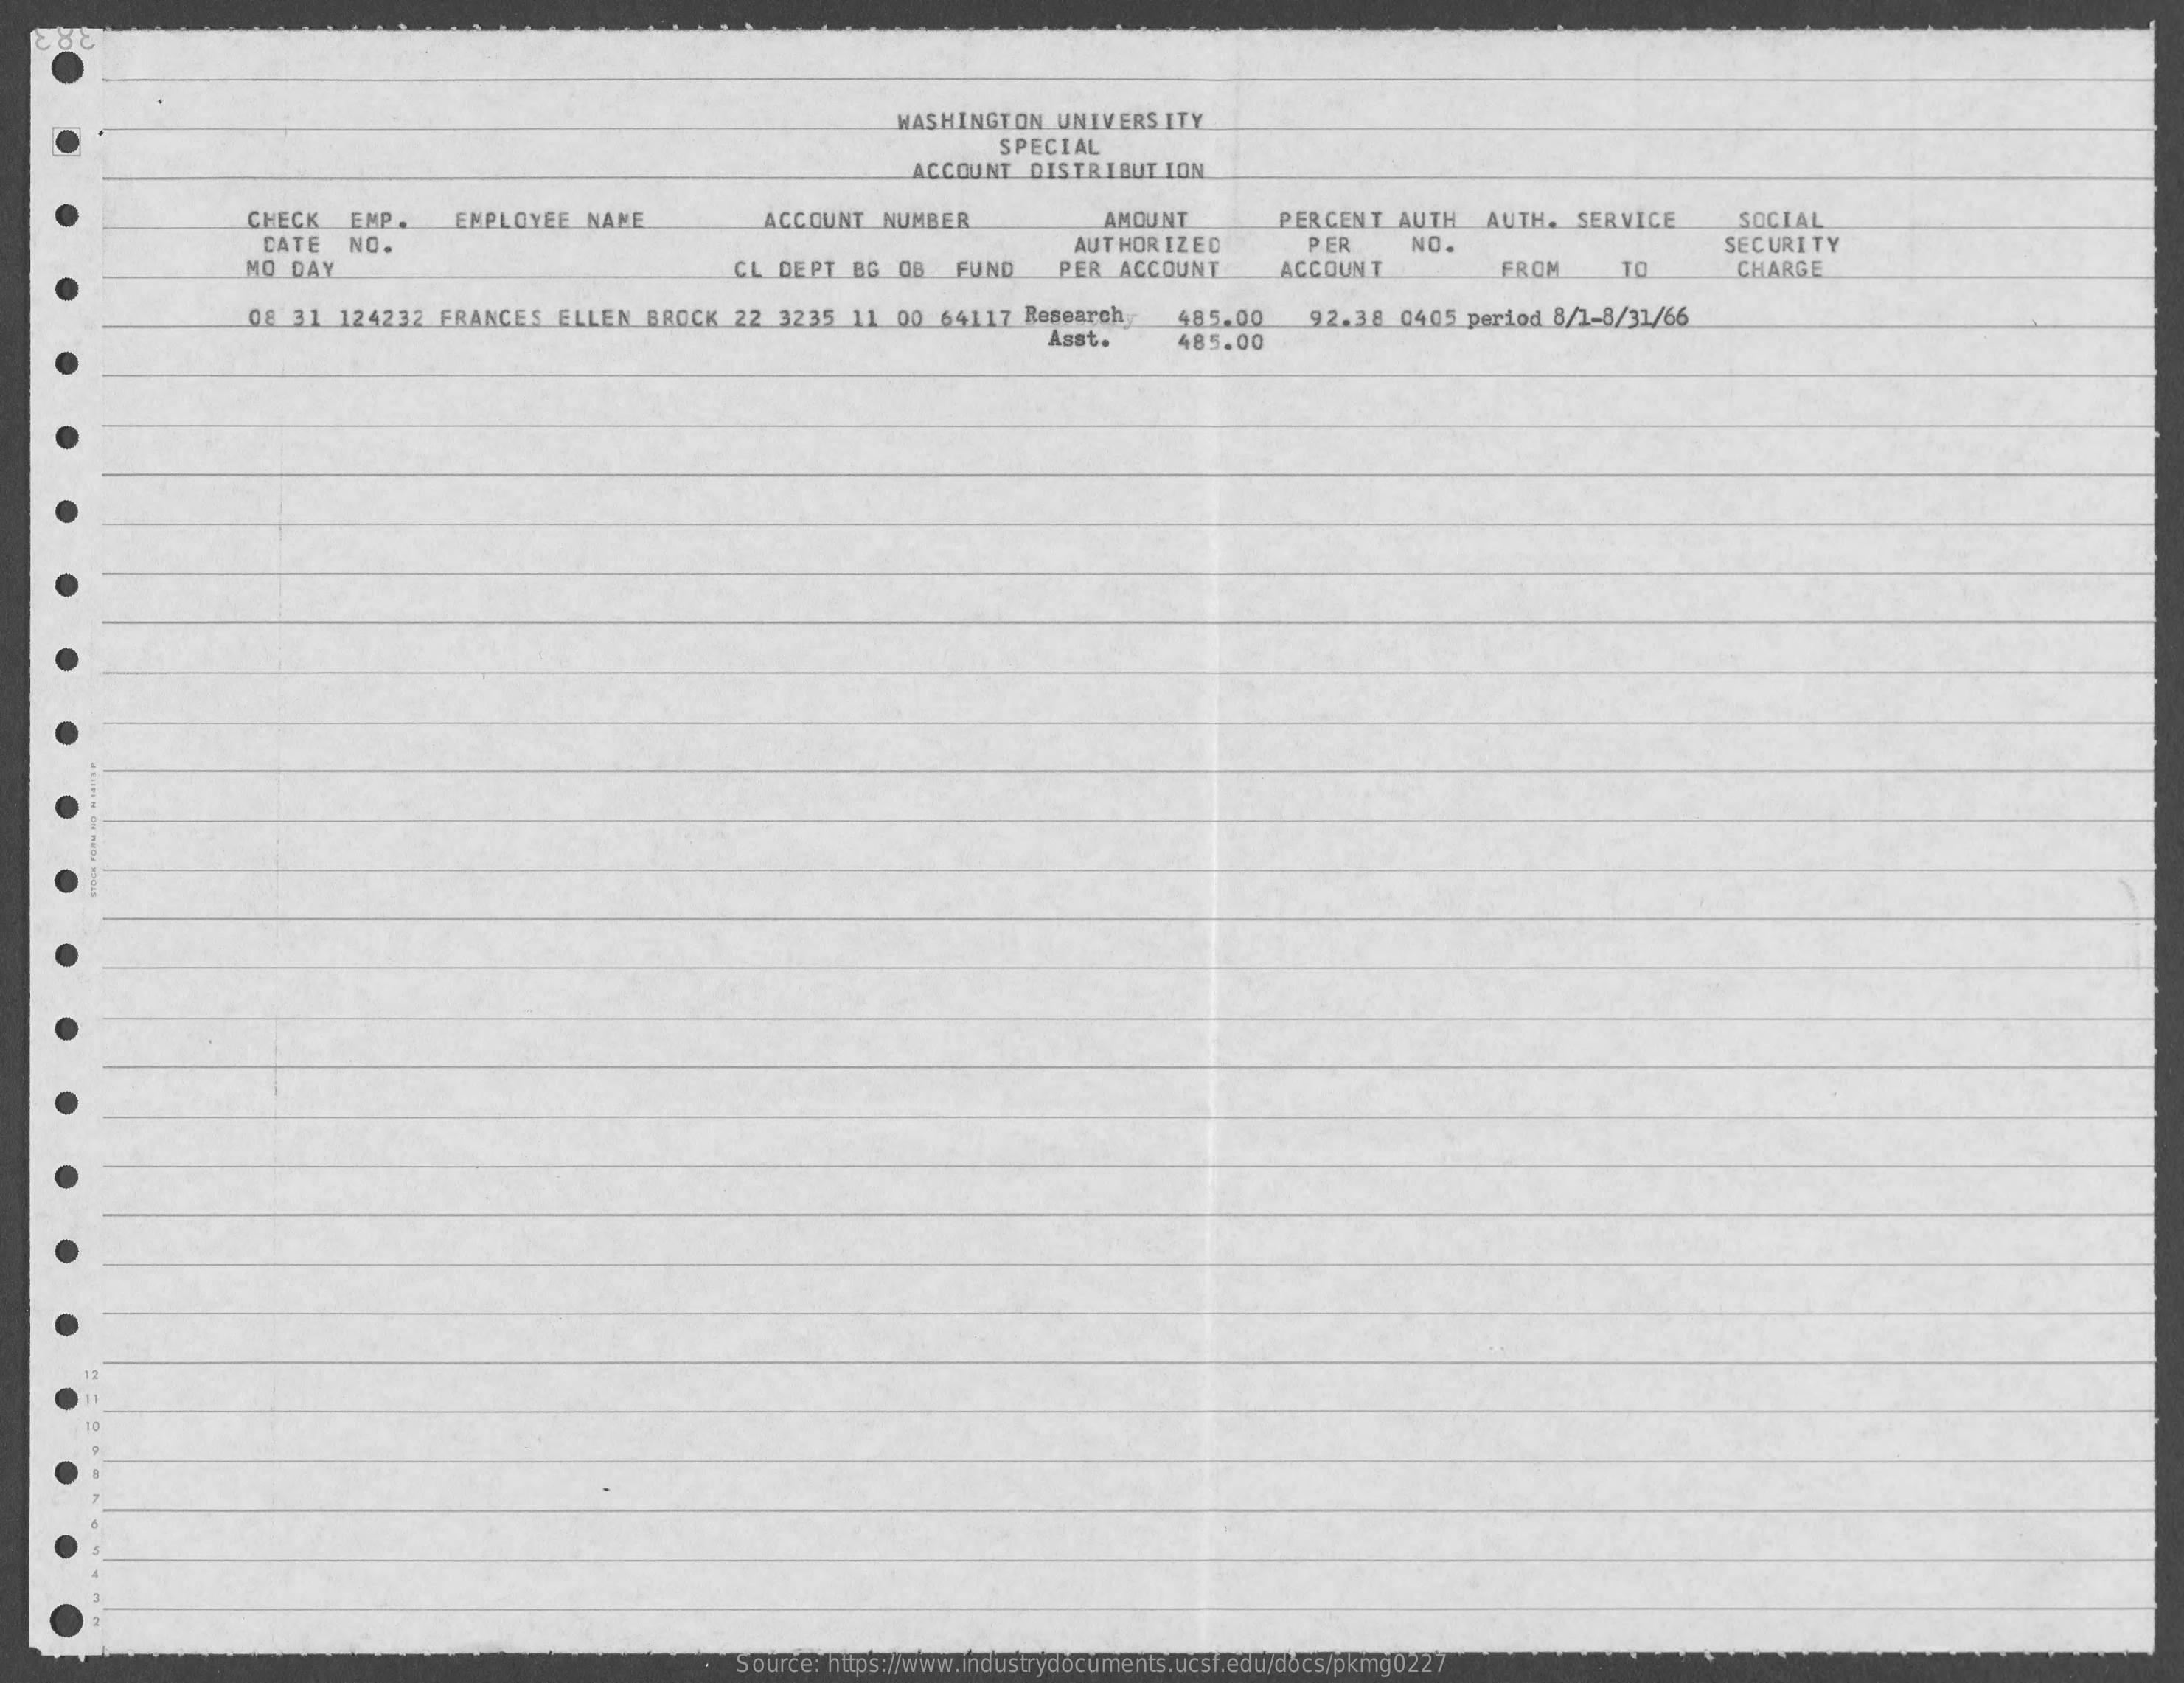
WASHINGTON UNIVERSITY
     SPECIAL
     ACCOUNT DISTRIBUTION
     CHECK EMP. EMPLOYEE NANE   ACCOUNT NUMBER    AMOUNT   PERCENT AUTH AUTH. SERVICE SOCIAL
     CATE    PER   NO.
     MO DAY
     NO.
     CL DEPT BG OB FUND
     AUTHORIZED
     PER ACCOUNT
     SECURITY
     ACCOUNT    FROM  TO    CHARGE
     08 31 124232 FRANCES ELLEN BROCK 22 3235 11 00 64117 Research 92.38 0405 period 8/1-8/31/66
     Asst.
     485.00
     485.00
     Source: https://www.industrydocuments.ucsf.edu/docs/pkmg0227